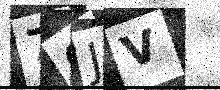
Text: 7CJV